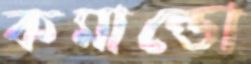
কমান্ডো